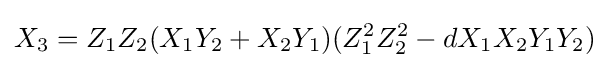
X_{3}=Z_{1}Z_{2}(X_{1}Y_{2}+X_{2}Y_{1})(Z_{1}^{2}Z_{2}^{2}-dX_{1}X_{2}Y_{1}Y_{2})